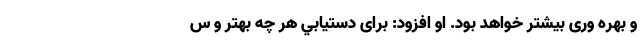
و بهره وری بیشتر خواهد بود. او افزود: برای دستيابي هر چه بهتر و س